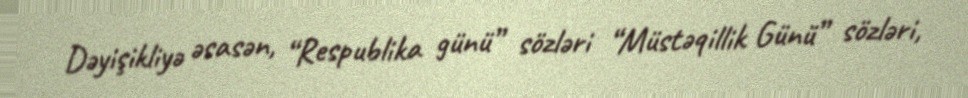
Dəyişikliyə əsasən, “Respublika günü” sözləri “Müstəqillik Günü” sözləri,